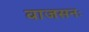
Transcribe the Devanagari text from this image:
वाजसनः